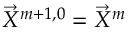
\vec { X } ^ { m + 1 , 0 } = \vec { X } ^ { m }